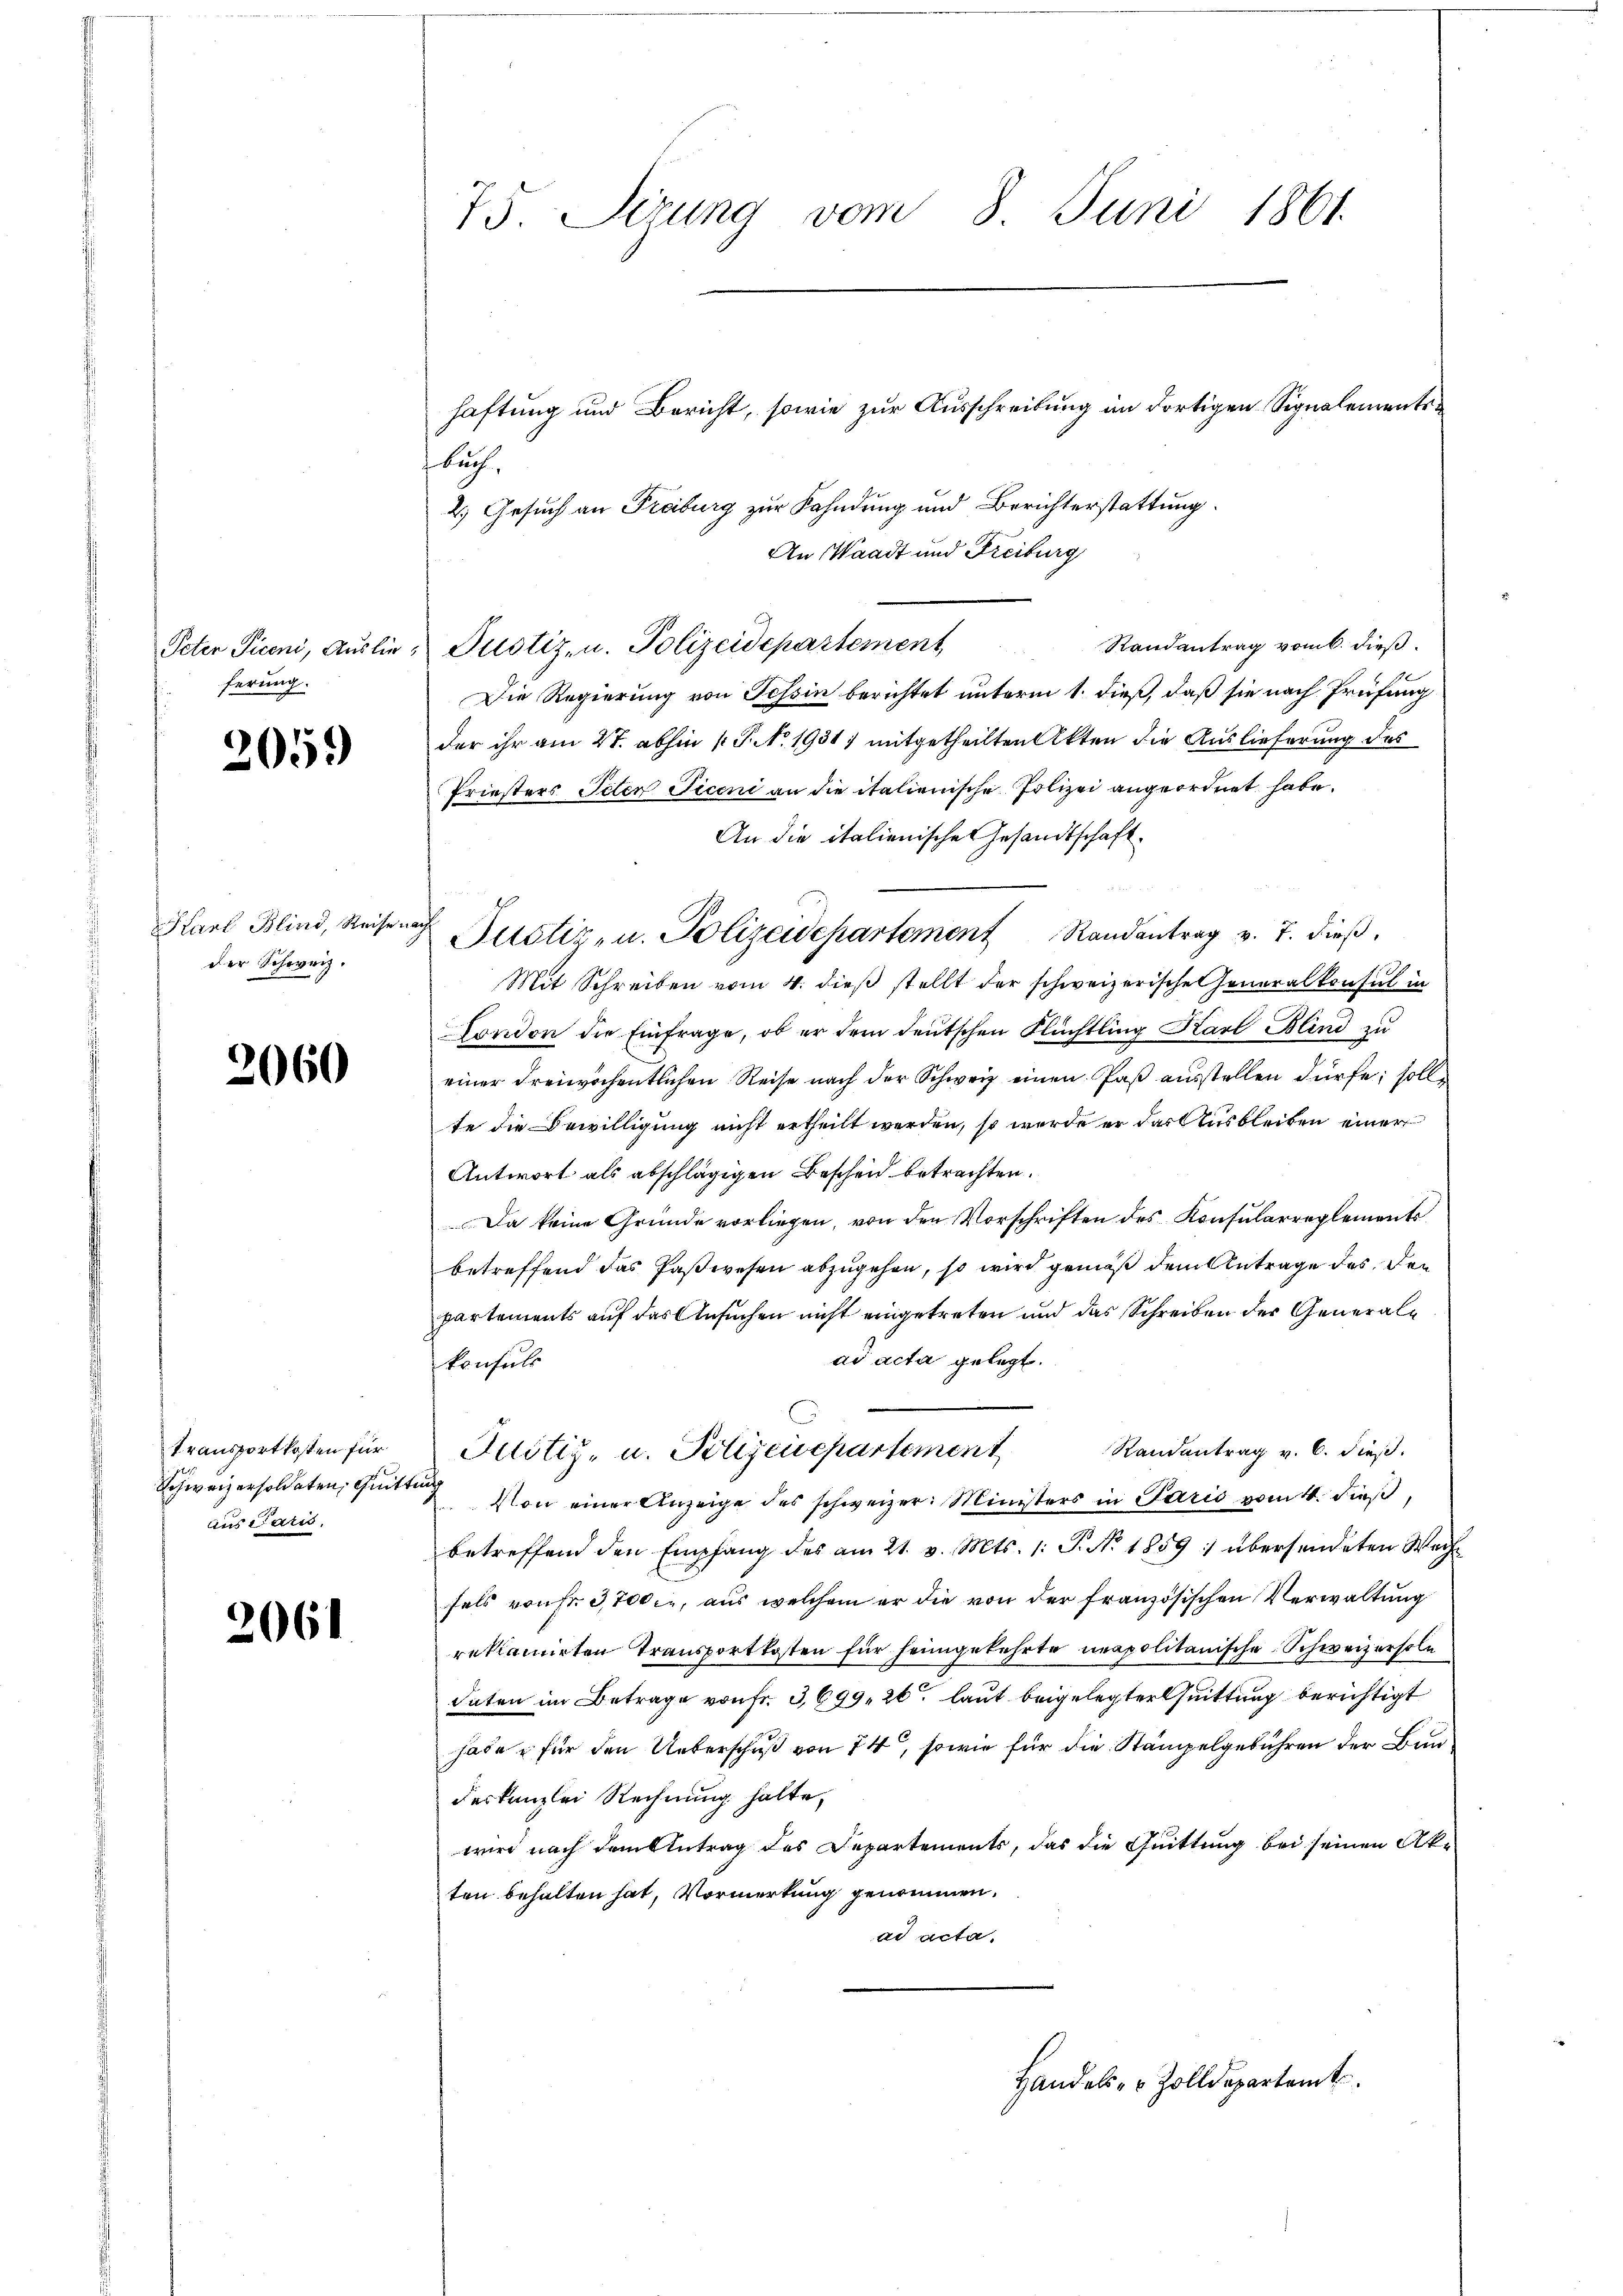
ferung.

2059

Karl Blind, Reise nach
der Schweiz.

2060

transportkosten für
Schweizersoldaten, Quittung
aus Paris.

2061

73. Sizung vom 8. Juni 1861.

buch,
2.) Gesuch an Freiburg zur Kahndung und Berichterstattung.
An Waadt und Freiburg
Randantrag vom 6. dieß.
Peter Piceni, Auslie Justiz, u. Polizeidepartement
Die Regierung von Tessin berichtet unterm 1. dieß, daß sie nach Prüfung
der ihr am 27. abhin 1 P. No. 1931) mitgetheilten Akten die Auslieferung des
Priesters Peten Ficeni an die italienische Polizei angeordnet habe.
An die italienische Gesandtschaft.
Justiz- u. Polizeidepartement Randantrag v. J. dieß.
Mit Schreiben vom 4. dieß stellt der schweizerische Generalkonsul in
Fondon die Einfrage, ob er dem deutschen Flüchtling Karl Blind zu
einer Freiwöchentlichen Reise nach der Schweiz einen Paß ausstellen dürfe; soll
te die Bewilligung nicht ertheilt werden, so wurde er das Ausbleiben einer
Antwort als abschlägigen Bescheid betrachten.
Da keine Gründe vorliegen, von den Vorschriften des Konsularreglements
betreffend das Paßwesen abzugehen, so wird gemäß dem Antrage des den
partements auf das Ansuchen nicht eingetreten und das Schreiben der Generalad acta gelegt.
konsuls
Justiz- u. Polizeiepartement Randantrag v. 6. dieß.
Von einer Anzeige des schweizer: Ministers in Paris vom 4. dieβ,
betreffend den Empfang des am 21. v. Mts. 1. P. Nr. 1859 : übersendeten Wechfels von Fr. 3,700, aus welchem er die von der französischen Verwaltung
reklamirten Transportkosten für heimgekehrte neapolitanische Schweizerhole
daten im Betrage von Fr. 3699, 26 laut beigelegter Quittung berichtigt
habe u für den Ueberschuß von 74, sowie für die Stampelgebühren der Bundeskanzlei Rechnung halte,
wird nach dem Antrag des Departements, das die Quittung bei seinen Akten behalten hat, Vormerkung genommen.
ad acta.
Handels- & Zolldepartamt

haftung und Bericht, sowie zur Ausschreibung im dortigen Signalemente¬